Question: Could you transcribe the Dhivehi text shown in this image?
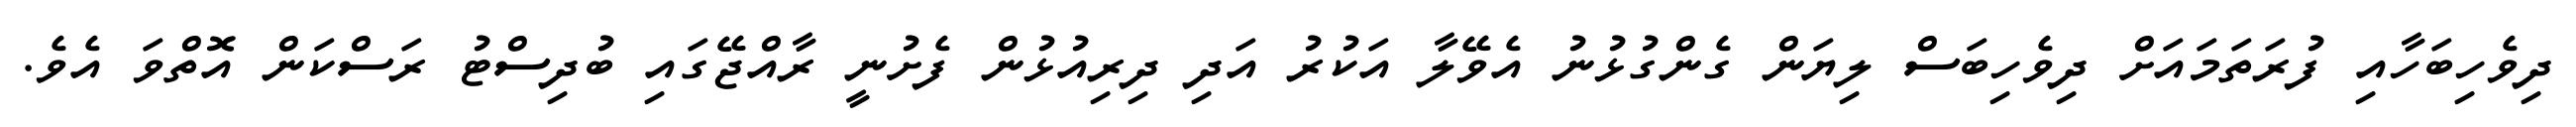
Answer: ދިވެހިބަހާއި ފުރަތަމައަށް ދިވެހިބަސް ލިޔަން ގެންގުޅުނު އެވޭލާ އަކުރު އަދި ދިރިއުޅުން ފެށުނީ ރާއްޖޭގައި ބުދިސްޓު ރަސްކަން އޮތްވަ އެވެ.